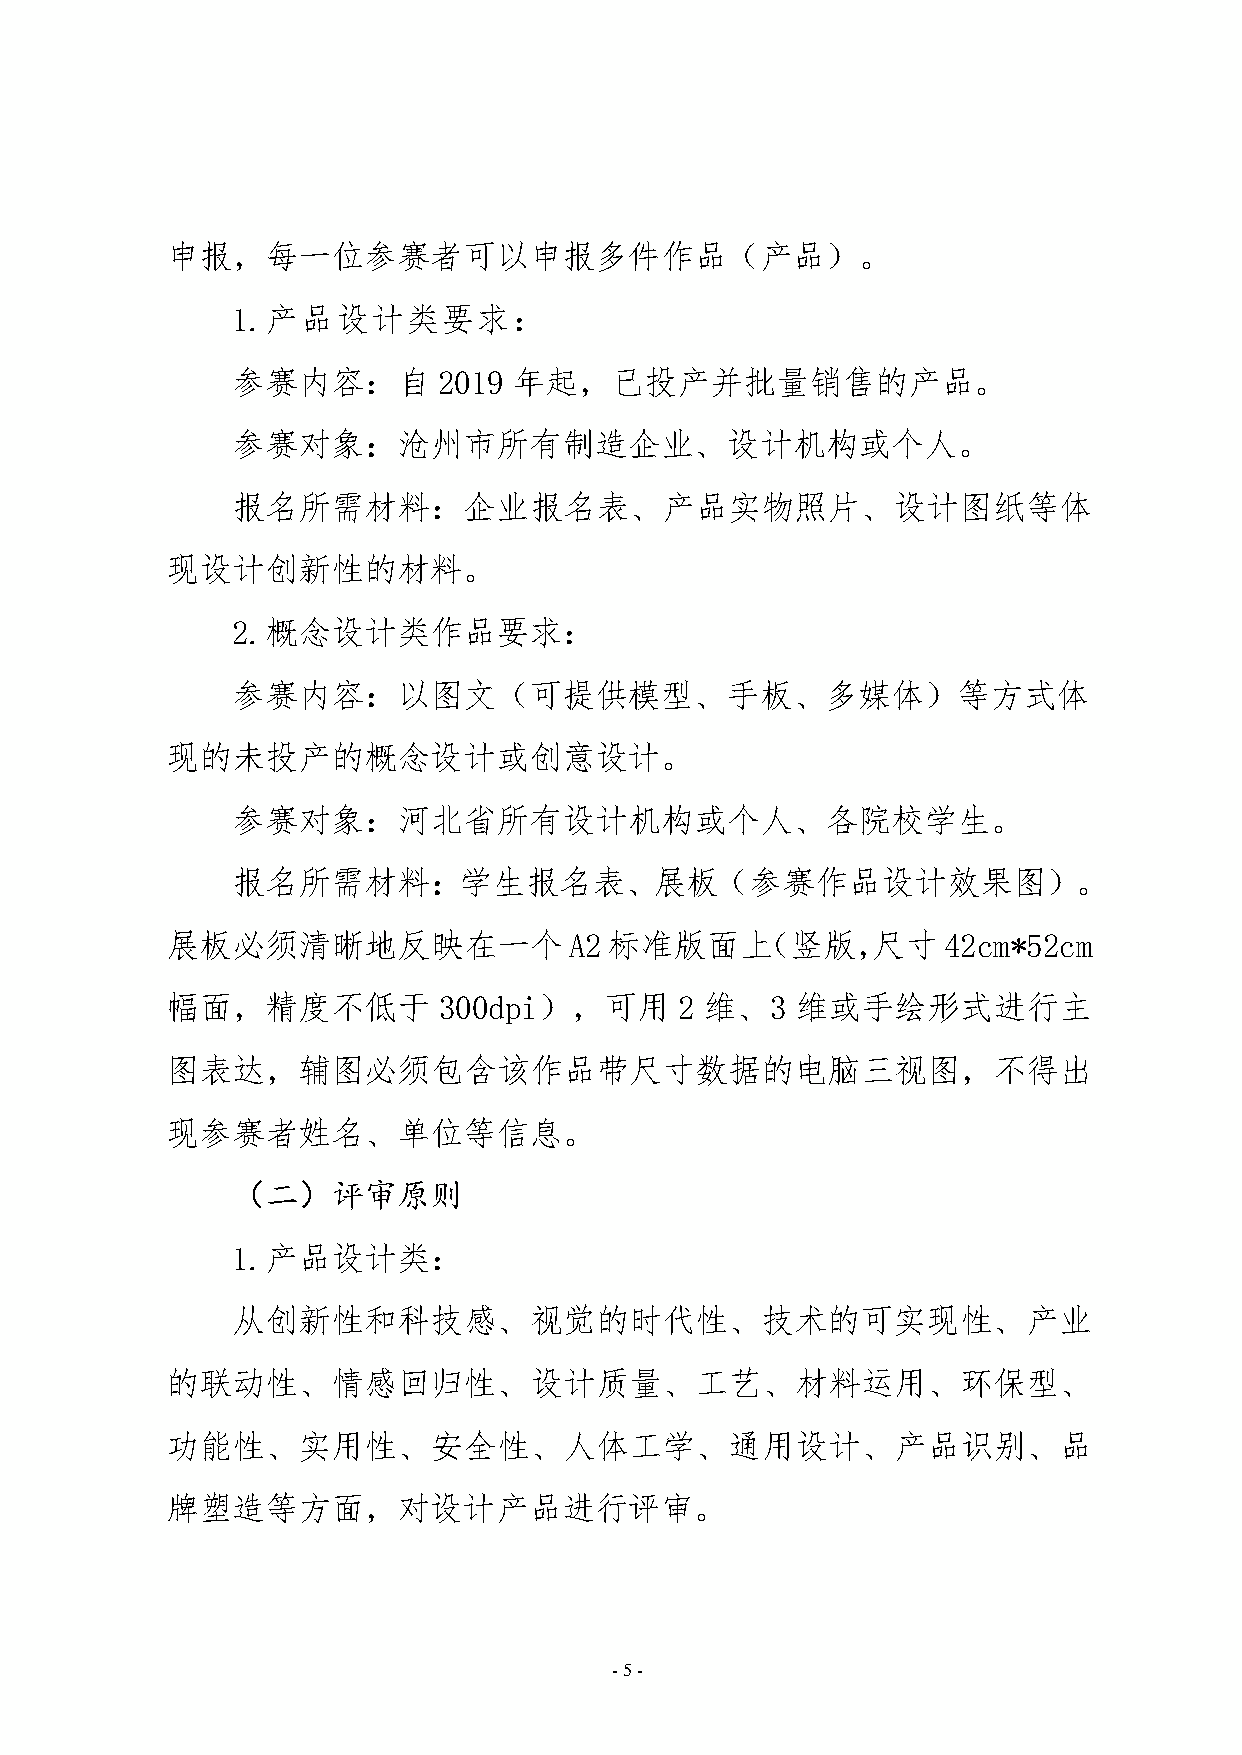
申报，每一位参赛者可以申报多件作品（产品）。
 1.产品设计类要求
 参赛内容       自  2019 年起，已投产并批量销售的产品。
 参赛对象       沧州市所有制造企业、设计机构或个人。
 报名所需材料          企业报名表、产品实物照片、设计图纸等体
 现设计创新性的材料。
 2.概念设计类作品要求
 参赛内容       以图文（可提供模型、手板、多媒体）等方式体
 现的未投产的概念设计或创意设计。
 参赛对象       河北省所有设计机构或个人、各院校学生。
 报名所需材料         学生报名表、展板（参赛作品设计效果图）。
 展板必须清晰地反映在一个A2标准版面上（竖版，尺寸42cm*52cm
 幅面，精度不低于          300dpi），可用      2 维、3   维或手绘形式进行主
 图表达，辅图必须包含该作品带尺寸数据的电脑三视图，不得出
 现参赛者姓名、单位等信息。
 （二）评审原则
 1.产品设计类
 从创新性和科技感、视觉的时代性、技术的可实现性、产业
 的联动性、情感回归性、设计质量、工艺、材料运用、环保型、
 功能性、实用性、安全性、人体工学、通用设计、产品识别、品
 牌塑造等方面，对设计产品进行评审。
 -5-